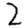
Digit: 2